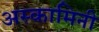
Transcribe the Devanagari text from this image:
अस्कामिनी